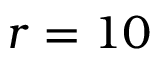
r = 1 0